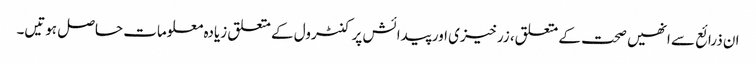
ان ذرائع سے انھیں صحت کے متعلق، زرخیزی اور پیدائش پر کنٹرول کے متعلق زیادہ معلومات حاصل ہوتیں۔